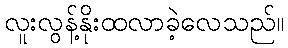
လူးလွန့်နိုးထလာခဲ့လေသည်။